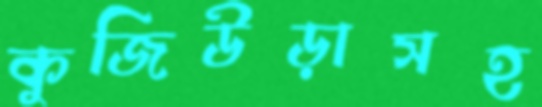
কুজিউড়াসহ